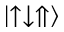
\left| \uparrow \downarrow \Uparrow \right\rangle